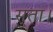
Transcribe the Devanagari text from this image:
सुता।